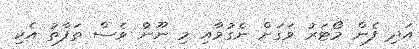
އަދި ފެން މޯޓަރު ވަގަށް ނެގުމާއި މި ނޫނުް ވެސް ތަފާތު އެކި